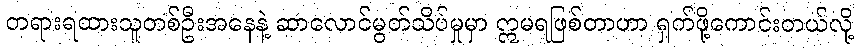
တရားရထားသူတစ်ဦးအနေနဲ့ ဆာလောင်မွတ်သိပ်မှုမှာ ဣမရဖြစ်တာဟာ ရှက်ဖို့ကောင်းတယ်လို့